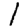
Digit: 1